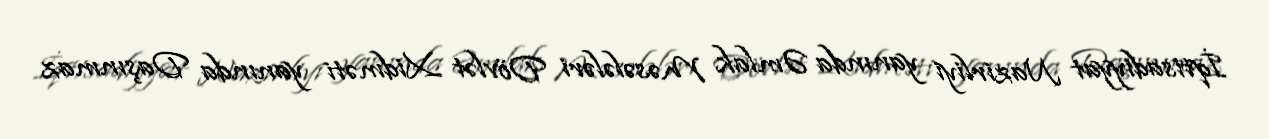
İqtisadiyyat Nazirliyi yanında Əmlak Məsələləri Dövlət Xidməti yanında Daşınmaz